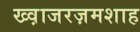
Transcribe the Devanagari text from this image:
ख्व़ाजरज़मशाह